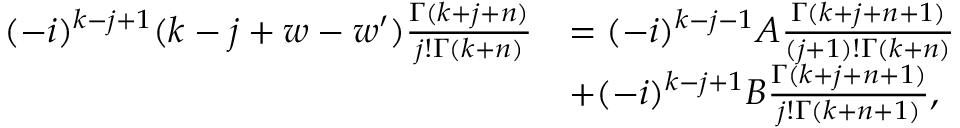
\begin{array} { r l } { ( - i ) ^ { k - j + 1 } ( k - j + w - w ^ { \prime } ) \frac { \Gamma ( k + j + n ) } { j ! \Gamma ( k + n ) } } & { = ( - i ) ^ { k - j - 1 } A \frac { \Gamma ( k + j + n + 1 ) } { ( j + 1 ) ! \Gamma ( k + n ) } } \\ & { + ( - i ) ^ { k - j + 1 } B \frac { \Gamma ( k + j + n + 1 ) } { j ! \Gamma ( k + n + 1 ) } , } \end{array}